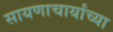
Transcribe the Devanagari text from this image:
सायणाचार्यांच्या